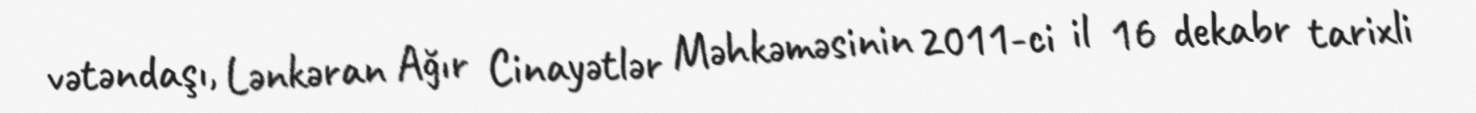
vətəndaşı, Lənkəran Ağır Cinayətlər Məhkəməsinin 2011-ci il 16 dekabr tarixli